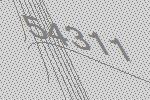
54311